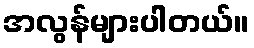
အလွန်များပါတယ်။